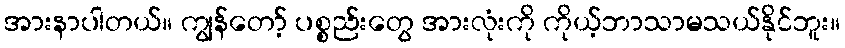
အားနာပါတယ်။ ကျွန်တော့် ပစ္စည်းတွေ အားလုံးကို ကိုယ့်ဘာသာမသယ်နိုင်ဘူး။